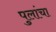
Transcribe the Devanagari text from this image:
पुलांचा